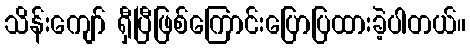
သိန်းကျော် ရှီပြီဖြစ်ကြောင်းပြောပြထားခဲ့ပါတယ်။